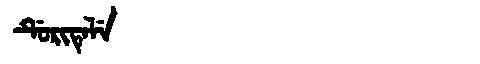
Manchu: ᡩᡠᡵᡳᡨᡝᠯᡝ
Romanization: DURITELE